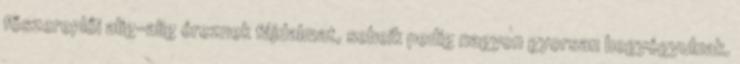
főszereplői alig-alig éreznek fájdalmat, sebeik pedig nagyon gyorsan begyógyulnak.